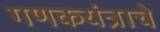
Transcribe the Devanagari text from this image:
गणकयंत्राचे